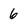
Character: 6